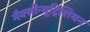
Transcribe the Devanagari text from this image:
मैक्सीन्यूट्रिशियन